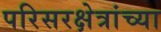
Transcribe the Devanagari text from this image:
परिसरक्षेत्रांच्या